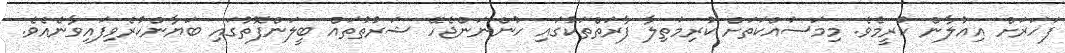
ފަހަރަށް އިޢުލާން ކުރީމެވެ. މިމަސައްކަތަށް ކުރިމަތިލާ ފާރަތްތަކުގައި ހުންނަންޖެހޭ ޝަރުތުތައް ބީލަންފޮތުގައި ބަޔާންކުރެވިފައިވާނެއެވެ.